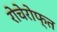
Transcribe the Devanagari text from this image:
रोचेरोफ्त